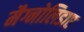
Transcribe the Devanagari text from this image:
मैग्नोलिडाए